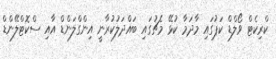
ކްރިކެޓް ވޯލްޑް ކަޕުގައި މާދަމާ ކުޅޭ މެޗުގައި ބައްދަލުކުރާނީ އިންގްލަންޑް އާއި ސްކޮޓްލޭންޑް